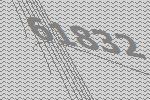
61832